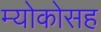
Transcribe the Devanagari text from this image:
म्योकोसह